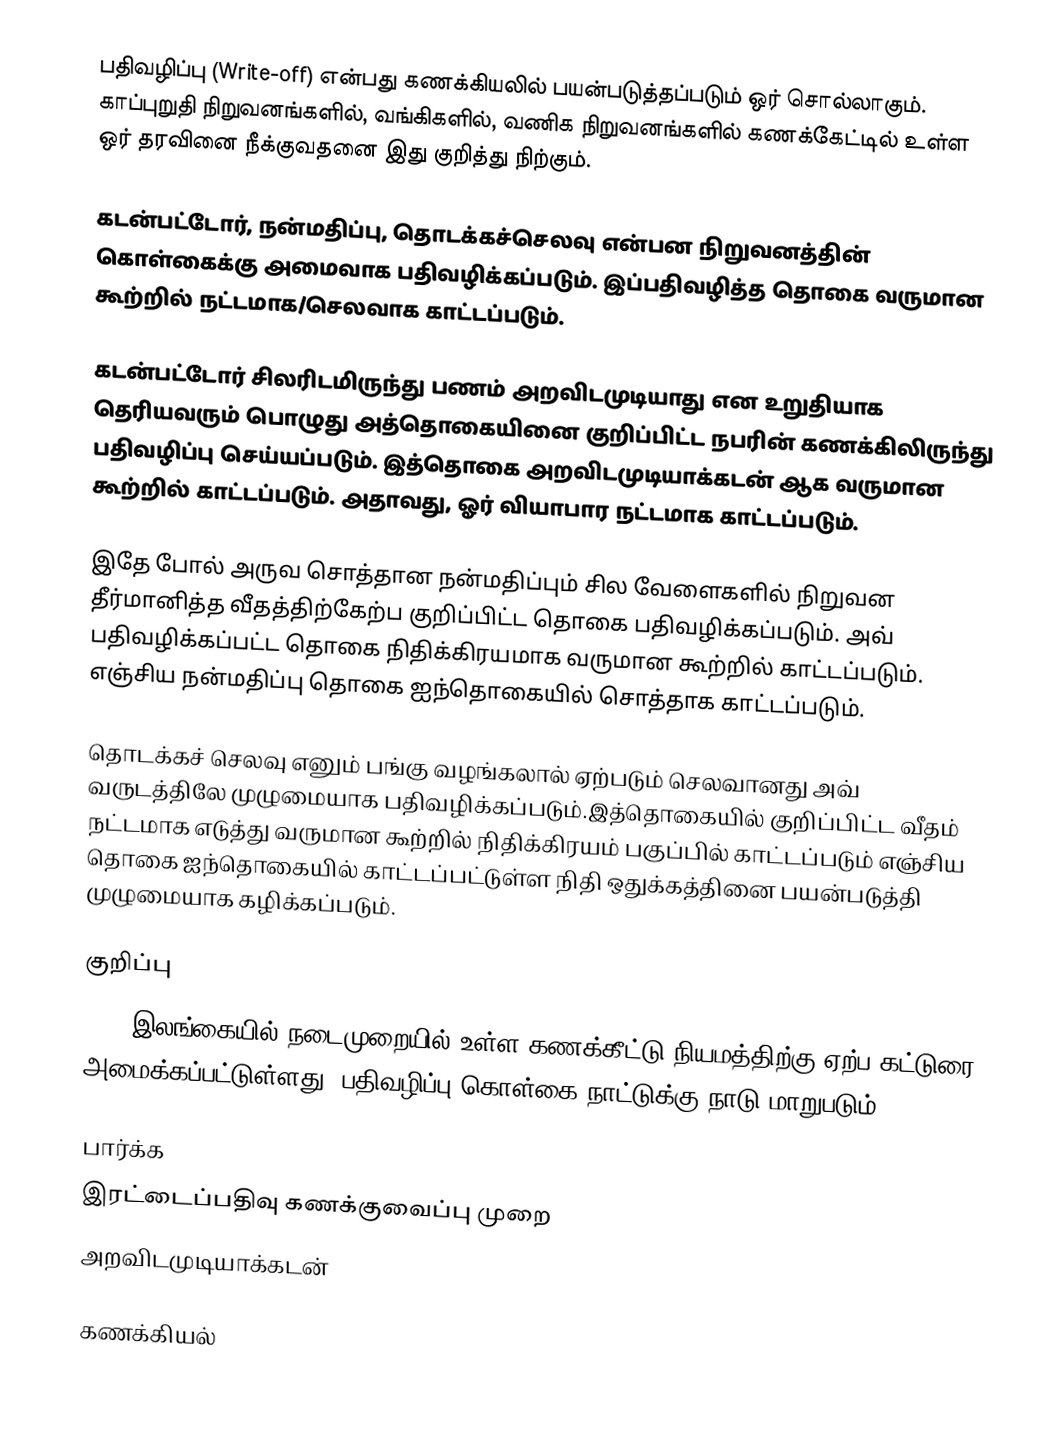
பதிவழிப்பு (Write-off) என்பது கணக்கியலில் பயன்படுத்தப்படும் ஒர் சொல்லாகும். காப்புறுதி நிறுவனங்களில், வங்கிகளில், வணிக நிறுவனங்களில் கணக்கேட்டில் உள்ள ஒர் தரவினை நீக்குவதனை இது குறித்து நிற்கும்.

கடன்பட்டோர், நன்மதிப்பு, தொடக்கச்செலவு என்பன நிறுவனத்தின் கொள்கைக்கு அமைவாக பதிவழிக்கப்படும். இப்பதிவழித்த தொகை வருமான கூற்றில் நட்டமாக/செலவாக காட்டப்படும்.

கடன்பட்டோர் சிலரிடமிருந்து பணம் அறவிடமுடியாது என உறுதியாக தெரியவரும் பொழுது அத்தொகையினை குறிப்பிட்ட நபரின் கணக்கிலிருந்து பதிவழிப்பு செய்யப்படும். இத்தொகை அறவிடமுடியாக்கடன் ஆக வருமான கூற்றில் காட்டப்படும். அதாவது, ஓர் வியாபார நட்டமாக காட்டப்படும்.

இதே போல் அருவ சொத்தான நன்மதிப்பும் சில வேளைகளில் நிறுவன தீர்மானித்த வீதத்திற்கேற்ப குறிப்பிட்ட தொகை பதிவழிக்கப்படும். அவ் பதிவழிக்கப்பட்ட தொகை நிதிக்கிரயமாக வருமான கூற்றில் காட்டப்படும். எஞ்சிய நன்மதிப்பு தொகை ஐந்தொகையில் சொத்தாக காட்டப்படும்.

தொடக்கச் செலவு எனும் பங்கு வழங்கலால் ஏற்படும் செலவானது அவ் வருடத்திலே முழுமையாக பதிவழிக்கப்படும்.இத்தொகையில் குறிப்பிட்ட வீதம் நட்டமாக எடுத்து வருமான கூற்றில் நிதிக்கிரயம் பகுப்பில் காட்டப்படும் எஞ்சிய தொகை ஐந்தொகையில் காட்டப்பட்டுள்ள நிதி ஒதுக்கத்தினை பயன்படுத்தி முழுமையாக கழிக்கப்படும்.

குறிப்பு
2007 இலங்கையில் நடைமுறையில் உள்ள கணக்கீட்டு நியமத்திற்கு ஏற்ப கட்டுரை அமைக்கப்பட்டுள்ளது. பதிவழிப்பு கொள்கை நாட்டுக்கு நாடு மாறுபடும்.

பார்க்க
 இரட்டைப்பதிவு கணக்குவைப்பு முறை
 அறவிடமுடியாக்கடன்

கணக்கியல்